Vaccination in Bombay 1869-1873 - 1869-1873
Year: 1869
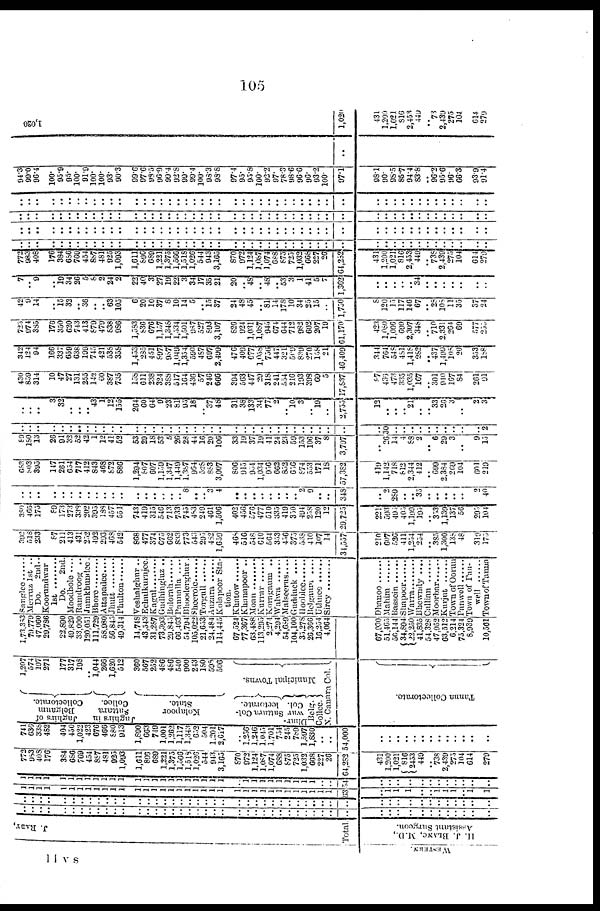
105
WESTERN.
J. RABY,
Total.
H. J. BLANC, M.D.,
Assistant Surgeon.
..
..
..
..
..
..
..
..
..
..
..
..
..
..
..
..
..
..
..
..
..
..
..
..
..
..
..
..
..
..
..
..
..
..
..
..
..
..
..
..
..
..
..
..
..
..
..
..
..
..
..
..
..
..
..
..
..
..
..
..
..
..
..
..
..
..
..
..
..
..
..
..
..
..
..
..
..
..
..
..
..
..
..
..
..
..
..
..
..
..
..
..
..
..
..
..
1
1
1
1
1
1
1
1
1
1
1
1
1
1
1
1
1
1
1
1
1
1
1
1
1
1
1
1
1
1
1
1
1
1
1
63
..
1
1
1
..
..
1
1
1
.. 1
1
1
1
1
1
1
1
1
1
1
1
1
1
1
1
1
1
1
1
1
1
1
1
1
1 1
1
1
1
1
1
1
1
1
1
1
54
..
..
..
..
..
..
..
..
..
..
..
..
772
983
408
176
384
686
769
454
887
481
925
1,093
1,611
896
689
1,221
1,375
1,566
1,518
1,026
544
943
3,165
870
972
1,124
1,087
1,074
688
875
725
1,032
668
227
26
64,282
431
1,200
1,021
816
2453 449
.. 738
2,439
275
104
614
279
741
636
338
482
404
450
1,022
423
676
466
880
913
1,890
663
749
1,001
1,262
1,117
1,343
652
504
1,201
2,617
..
1,256
1,246
1,045
1,701
754
245
789
1,597
1,830
.. ..
54,000
..
.. ..
..
..
..
..
.. ..
..
..
..
..
Jaghirs of
Collectorate.
Jaghirs in
Sattara
Collec.
Kolapoor
State.
Sattara Col¬
lectorate.
Dhar¬
war
Col.
Belg.
Collec.
1,207
574
197
271
177
317
198
.. 1,044
266
1,620
512
360
567
252
486
486
540
900
243
180
598
506
Municipal Towns.
N. Canara Col.
Tanna Collectorate.
1,73,353
79,779
47,060
29,786
22,890
49,829
33,000
120,051
111,729
58,980
56,845
49,314
14,748
43,543
31,287
73,393
29,845
66,463
54,794
105,022
21,653
24,484
114,445
67,524
77,367
63,488
113,295
2,274
4,294
54,689
104,100
35,278
26,366
16,254
4,064
67,930
51,465
50,144
34,894
22,250
41,835
54,328
47,952
63,512
6,214
75,324
8,939
10,561
Sanglee
Merruz 1st ..
Do.
2nd..
Koorundwar
1st ........
Do.
2nd.
Moodhole ....
Ramdroog ..
Jumkhundee.
Bhore ..........
Attapadee....
Jhutt . . . . . .
Phulton . . . . .
Veshalghur ..
Echalkurnjee.
Kagul ......
Gudhingluz ..
Bolorah ......
Pannalla ....
Bhoodeghur.
Sheerole
Torgull
Auzara
Kolapoor Sta-
tion.
Khatow
Khanapoor ..
Moan
Kurrar
Koragaum ..
Walwa
Malseerus....
Gudduck ....
Hooblee
Belgaum ....
Uthnee
Sircy
Dhanoo . .. . . . .
Mahim
Bassein
Shapoor..... Warra
Bhewndy Callian
Moorbar
Kurjut
Town of Oorun
Panwell
Town of Pan¬
well
Town of Tanna
392
518
233
87
211
413
431
252
492
293
468
542
868
477
374
675
662
833
773
543
295
482
1,659
468
516
548
610
564
353
456
375
538
410
107
14
34,557
210
607
526
411
1,254
254
..
385
1,300
138
48
319
175
380
465
175
89
173
273
338
202
395
188
457
551
743
419
315
546
713
733
745
483
249
461
1,506
402
456
576
477
510
335
419
350
494
258
120
12
29,725
221
593
495
405
1,199
195
.. 353
1,139
137
56
295
104
..
.. ..
..
..
..
..
..
..
..
..
..
..
..
..
..
..
.. 8
..
.. 3
4
..
..
..
..
..
..
..
.. 2
9
..
..
348
..
2
289
..
.. 35
..
..
..
..
..
2
40
683
803
395
147
261
654
717
412
843
468
872
886
1,294
807
607
1,159
1,347
1,449
1,387
964
528
883
3,007
806
915
954
1,034
956
662
852
656
874
553
171
18
57,382
419
1,142
718
812
2,344
412
.. 699
2,384
269
104
601
219
89
180
13
26
91
32
52
42
1
12
41
52
53
29
18
53
5
26
23
44
16
20
106
33
19
37
19
41
24
23
59
153
106
37
8
3,797
..
26
14
4
88
2
..
6
29
3
..
9
15
..
..
..
..
..
..
..
..
..
..
..
..
..
..
..
..
..
..
..
..
..
..
..
..
..
..
..
..
..
..
..
..
..
..
..
..
..
30
..
..
..
..
..
..
..
..
..
..
2
..
.. ..
3
32
..
.. .. 43
1
12
155
264
60
64
9
23
81
95
18
.. 37
48
31
38
133
34
77
2
.. 10
3
.. 19
..
2,755
12
..
..
.. 21
..
.. 33
26
3
..
2
3
430
859
314
10
47
27
131
255
142
60
387
735
158
611
238
324
388
517
164
436
57
246
666
394
563
447
29
318
241
554
216
193
398
69
5
17,837
97
436
473
335
1,035
167
.. 301
940
167
84
261
91
342
124
94
166
337
659
638
199
745
421
538
358
1,453
285
451
897
957
1,040
1,354
590
487
697
2,499
476
409
677
1,058
756
447
321
509
839
270
158
21
46,409
344
764
548
481
1,418
282
.. 437
1,499
108
20
353
188
723
974
385
176
350
620
743
413
879
479
838
986
1,583
836
676
1,157
1,348
1,534
1,501
987
527
893
3,107
826
924
1,031
1,087
945
674
644
712
982
602
207
19
61,170
423
1,080
1,006
699
2,307
348
.. 710
2,331
264
69
577
255
42
9
14
..
15
32
.. 36
..
.. 63
105
6
20
10
37
8
10
14
5
.. 15
37
24
48
45
.. 81
14
178
10
34
25 15
..
1,750
8
120
15
117
146
67
.. 28
108
11
35
37
24
7
.. 9
..
19
34
26
5
8
2
24
2
22
40
3
27
19
22
3
34
17
36
21
20
.. 48
.. 48
.. 53
3
1
41
5
7
1,362
..
..
..
..
.. 34
..
..
..
.. ..
..
..
772
983
408
176
384
686
769
454
887
481
925
1,093
1,611
896
689
1,221
1,375
1,566
1,518
1,026 544
943
3,165
870
972
1,124
1,087
1,074
688
875
725
1,032
668
227 26
64,282
431
1,200
1,021
816
2,453
449
..
738 2,439
275
104
614
279
..
..
..
..
..
..
..
..
..
..
..
..
..
..
..
..
..
..
..
..
..
..
..
..
..
..
..
..
..
..
..
..
..
..
..
..
..
..
.. ..
..
..
..
..
..
..
..
..
..
..
..
..
..
..
..
..
..
..
..
..
..
..
..
..
..
..
..
..
..
..
..
..
..
..
..
..
..
..
..
..
..
..
..
..
..
..
..
..
..
..
..
..
..
..
..
..
..
..
..
..
..
..
..
..
..
..
..
..
..
..
..
..
..
..
..
..
..
..
..
..
..
..
..
..
..
..
..
..
..
..
..
..
..
..
..
..
..
..
..
..
..
..
..
..
..
..
..
..
..
..
..
..
..
..
..
..
..
..
..
..
..
..
..
..
..
..
..
..
..
..
..
..
..
..
..
..
..
..
..
..
..
..
..
..
..
..
..
..
..
..
..
..
..
..
..
..
94.3
99.0
96.4
100.
95.9
95.
100.
91.9
100.
100.
93.
90.3
99.6
97.6
98.5
96.9
99.4
92.8
99. 99.4
100.
98.3
98.8
97.4
95.
95.8
100.
92.2
97.
78.3
98.6
96.6
96. 93.2
100.
97.1
98.1
90. 98.5
85.7
94.4
83.8
.. 96.2
95.6
96.
66.3
93.9
91.4
..
1,020
1,020
431
1,200
1,021
816
2,453
449
.. 73
2,439
275
104
614
279
11 V S